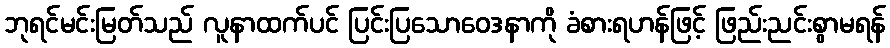
ဘုရင်မင်းမြတ်သည် လူနာထက်ပင် ပြင်းပြသောဝေဒနာကို ခံစားရဟန်ဖြင့် ဖြည်းညင်းစွာမရန်